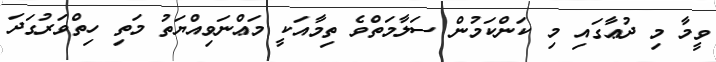
ވީމާ މި ދުޢާގައި މި ކަންކަމުން ސަލާމަތްވެ ތިމާއަކީ މަޢްނަވިއްޔަތު މަތި ހިތްވަރުގަދަ